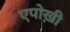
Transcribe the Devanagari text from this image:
एपोख़ी